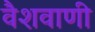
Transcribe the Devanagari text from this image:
वैशवाणी